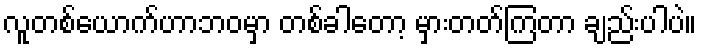
လူတစ်ယောက်ဟာဘဝမှာ တစ်ခါတော့ မှားတတ်ကြတာ ချည်းပါပဲ။